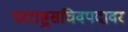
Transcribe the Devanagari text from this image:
परराष्ट्रसचिवपदावर